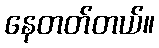
နေတတ်တယ်။